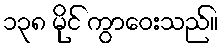
၁၃၈ မိုင် ကွာဝေးသည်။